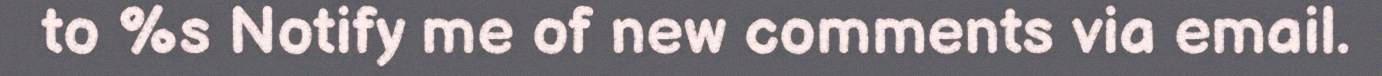
to %s Notify me of new comments via email.